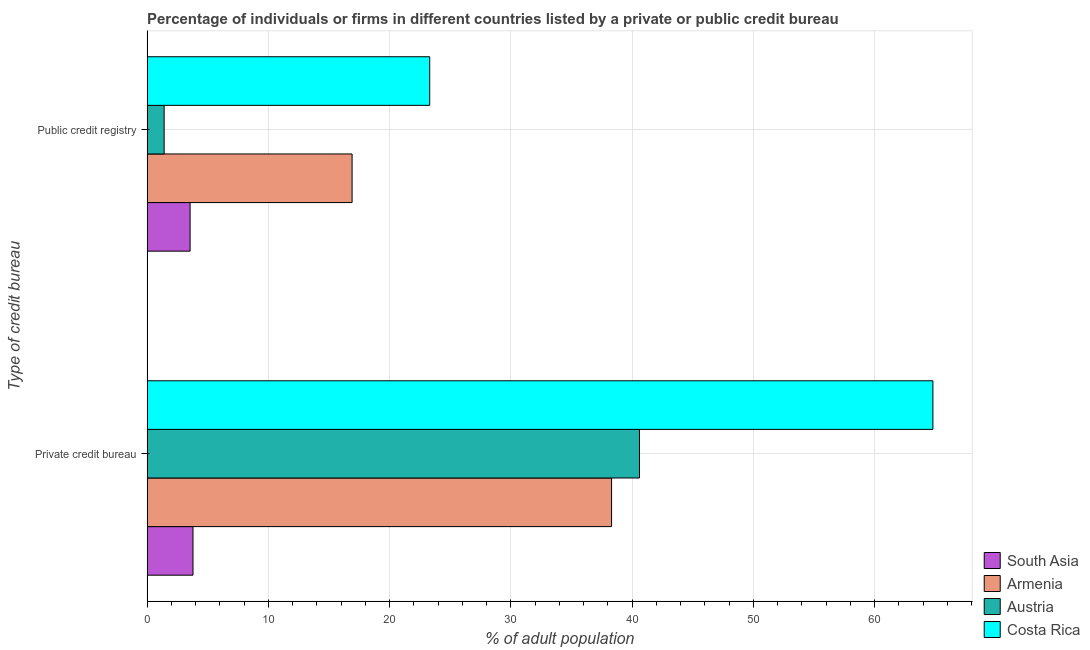
| Type of credit bureau | South Asia | Armenia | Austria | Costa Rica |
 | --- | --- | --- | --- | --- |
 | Private credit bureau | 3.78 | 38.3 | 40.6 | 64.8 |
 | Public credit registry | 3.54 | 16.9 | 1.4 | 23.3 |